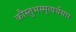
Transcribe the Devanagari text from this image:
कौस्तुभस्मृत्यर्थसार